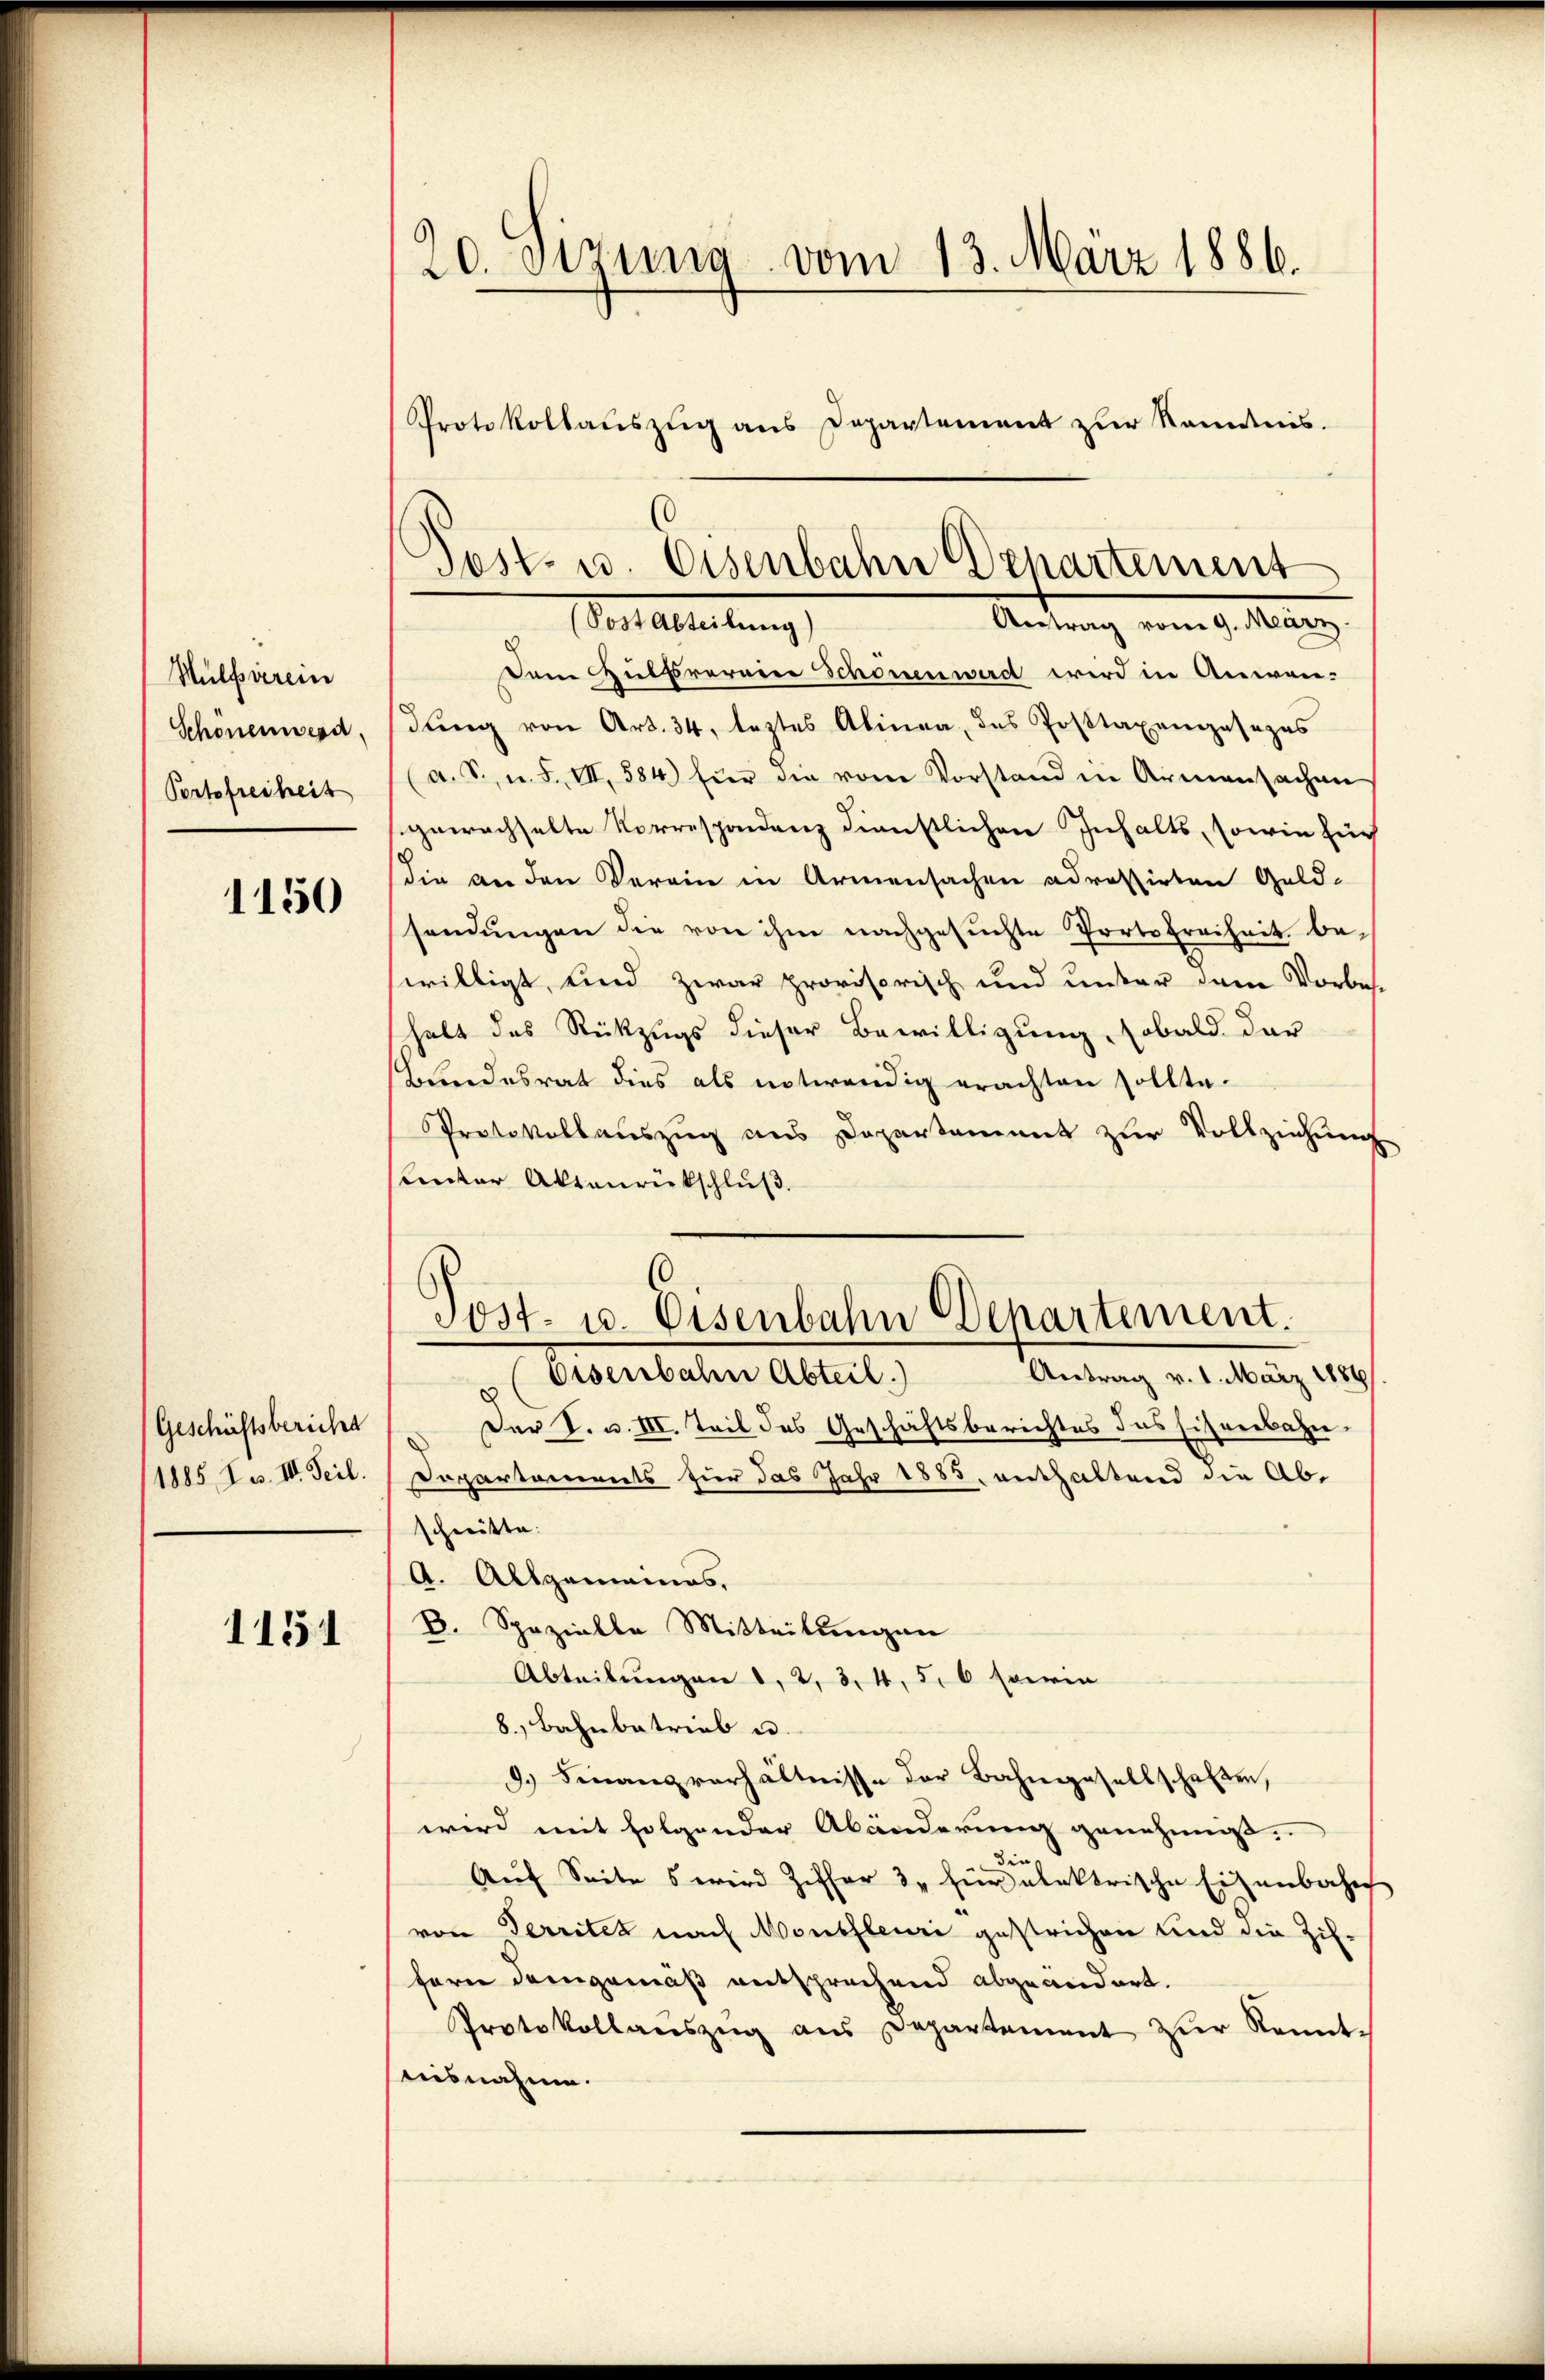
Hülfsverein
Schonensesa
Portofreiheit

1150

Geschäftsbericha

1151

20. Sitzung vom 13. März 1886.
Protokollaŭszŭg ans Departement zur Kenntnis.

Post- u. Eisenbahn Departement
er Ableitung
Antrag vom 9. März.

Dem Zulfrereier Schönen wird wird in Anwen-
dung von Art. 34, leztes Alinea, das Posttaxangesezes
(a. S., n. F. VII, 584 für die vom Vorstand in Armensachen
gewachselte Korrespondenz dienstlichen Inhalts, sowie für
die an den Vereine in Armensachen adressirten Geld-
sendungen die von ihm nachgesuchte Porte Freiheit, beswilligt, und zwar provisorisch und unter dem Vorbes-
halt des Rückzugs dieser Bewilligung, sobald der
Bundesrat dies als notwendig erachten sollte.
Protokollauszug aus Departament zur Vollziehung
sunter Aktenrückschluß.

Post- 10. Eisenbahn Departement.
Antrag v. 1. März 1889
" Eisenbahn Abteil.)

Der S. u. III. Teil des Geschäftsberichtes das ihrerbahn¬
1185 Zw. IV. Teil. Departements hier das Jahr 1885, enthaltend die Abschnitte:
A. Allgemeines,
B. Spezielle Mitteilungen
Abteilungen 1, 2, 3, 4, 5, 6 sprin
8. Bahnbetrieb u.
d. Finanzverhältnisse der Bahngesellschaften,
wird mit folgender Abänderung genehmigt.
e
Auf Seites wird Ziffer 3. für alektrische Eisenbahn
von Territet nach Montheuri gestrichen und die Ziffern demgemäß entsprechend abgeändert.
Protokollaŭszŭg aŭs Departement zŭr Kennt-
aisnahme.